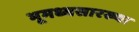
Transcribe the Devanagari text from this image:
भूमध्यसारख्या